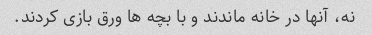
نه، آنها در خانه ماندند و با بچه ها ورق بازی کردند.